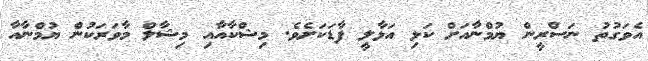
އެވަގުތު ނަސްރީން ޔުމްނާއަށް ކަޅި އަޅާލީ ފާޑަކަށެވެ. މިޝްކާއާއި މިޝާލް މާވަރަކުން ޔުމްނާއާ